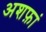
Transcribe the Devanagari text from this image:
अशफ़ां